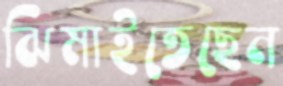
ঝিমাইতেছেন